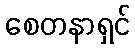
စေတနာရှင်